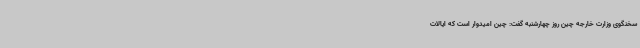
سخنگوی وزارت خارجه چین روز چهارشنبه گفت: چین امیدوار است که ایالات